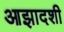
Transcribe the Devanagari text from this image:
आझादशी